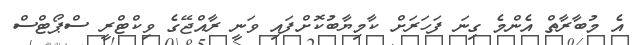
އެ މުބާރާތް އެންމެ ގިނަ ފަހަރަށް ކާމިޔާބުކޮށްފައި ވަނީ ރާއްޖޭގެ ވިކްޓްރީ ސްޕޯޓްސް